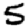
Digit: 5